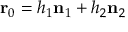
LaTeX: \mathbf { r } _ { 0 } = h _ { 1 } \mathbf { n } _ { 1 } + h _ { 2 } \mathbf { n } _ { 2 }